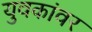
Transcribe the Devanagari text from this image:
युवकांवर